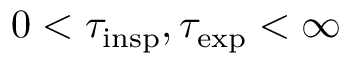
0 < \tau _ { \mathrm { i n s p } } , \tau _ { \mathrm { e x p } } < \infty